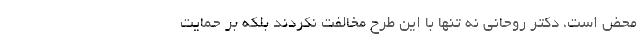
محض است، دکتر روحانی نه تنها با این طرح مخالفت نکردند بلکه بر حمایت